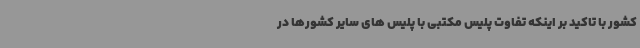
کشور با تاکید بر اینکه تفاوت پلیس مکتبی با پلیس های سایر کشورها در